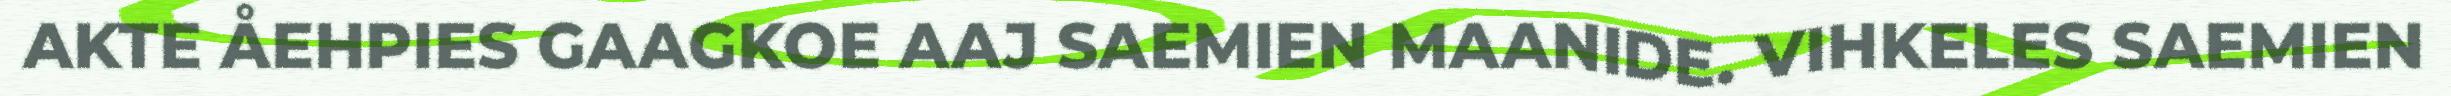
AKTE ÅEHPIES GAAGKOE AAJ SAEMIEN MAANIDE. VIHKELES SAEMIEN